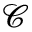
\mathcal { C }